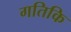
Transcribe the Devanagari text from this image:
गतिकि